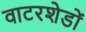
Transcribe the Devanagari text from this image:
वाटरशेडों